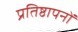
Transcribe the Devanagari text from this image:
प्रतिष्ठापनों